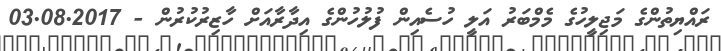
ރައްޔިތުންގެ މަޖިލީހުގެ މެމްބަރު އަލީ ހުސެއިން ފުލުހުންގެ އިދާރާއަށް ހާޒިރުކުރުން - 03.08.2017